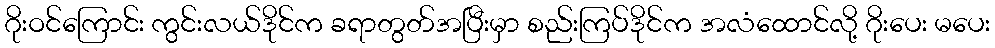
ဂိုးဝင်ကြောင်း ကွင်းလယ်ဒိုင်က ခရာတွတ်အပြီးမှာ စည်းကြပ်ဒိုင်က အလံထောင်လို့ ဂိုးပေး မပေး